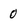
Character: 0